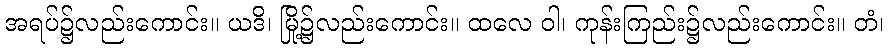
အရပ်၌လည်းကောင်း။ ယဒိ၊ မြို့၌လည်းကောင်း။ ထလေ ဝါ၊ ကုန်းကြည်း၌လည်းကောင်း။ တံ၊